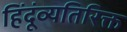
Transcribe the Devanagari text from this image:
हिंदूंव्यतिरिक्त